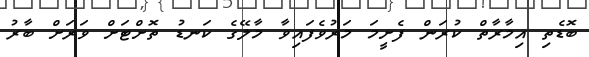
ބޮޑެތި އިމާރާތް ކުރަން ފެށީމަ މަރުވެފައިވާ މާލޭގެ ކަނޑު ތޮށްޓަށް ވަރަށް ބާރު